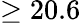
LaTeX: \geq 20.6